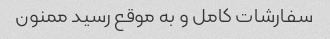
سفارشات کامل و به موقع رسید ممنون